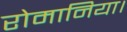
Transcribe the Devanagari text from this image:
रोमानिया।